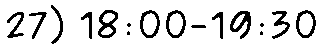
27) 18:00-19:30